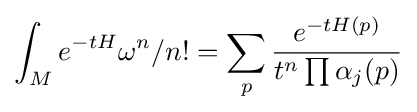
\int _{M}e^{-tH}\omega ^{n}/n!=\sum _{p}{e^{-tH(p)} \over t^{n}\prod \alpha _{j}(p)}